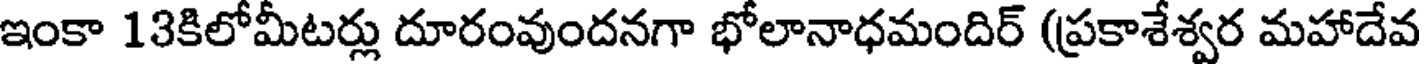
ఇంకా 13కిలోమీటర్లు దూరంవుందనగా భోలానాధమందిర్ (ప్రకాశేశ్వర మహాదేవ